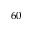
^ { 6 0 }